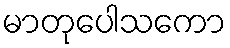
မာတုပေါသကော